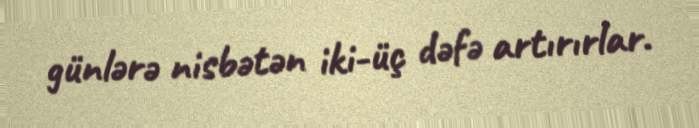
günlərə nisbətən iki-üç dəfə artırırlar.